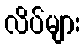
လိပ်များ